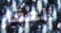
العقار